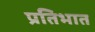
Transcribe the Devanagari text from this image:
प्रतिभात